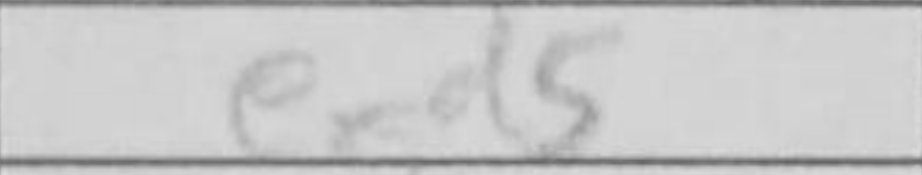
Transcription: exd5